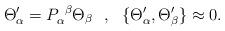
LaTeX: \begin{align*}\Theta _\alpha'=P_\alpha ^{~\beta}\Theta _\beta~~,~~\{\Theta _\alpha',\Theta _\beta '\}\approx 0.\end{align*}